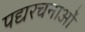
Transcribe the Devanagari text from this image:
पद्यरचनाओं